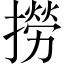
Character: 撈